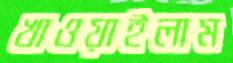
খাওয়াইলাম